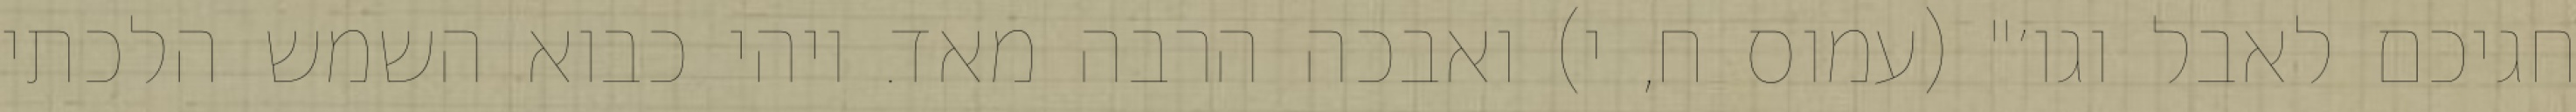
חגיכם לאבל וגו׳" (עמוס ח, י) ואבכה הרבה מאד. ויהי כבוא השמש הלכתי